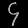
Digit: ၄